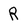
Character: R